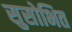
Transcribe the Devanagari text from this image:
सुसोभित